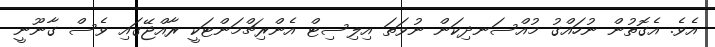
އެވެ. އެގޮތުން ނުހައްގު މުއްސަނދިކަން ނުވަތަ އިލިސިޓް އެންރިޗްމަންޓަކީ ރާއްޖޭގައި ވެސް ގާނޫނީ